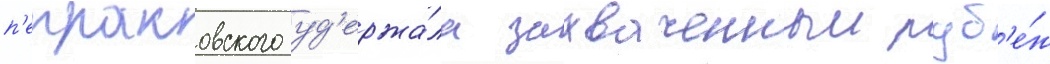
п'етраковского уд'ержа́ла захваченныи руб'е́ж